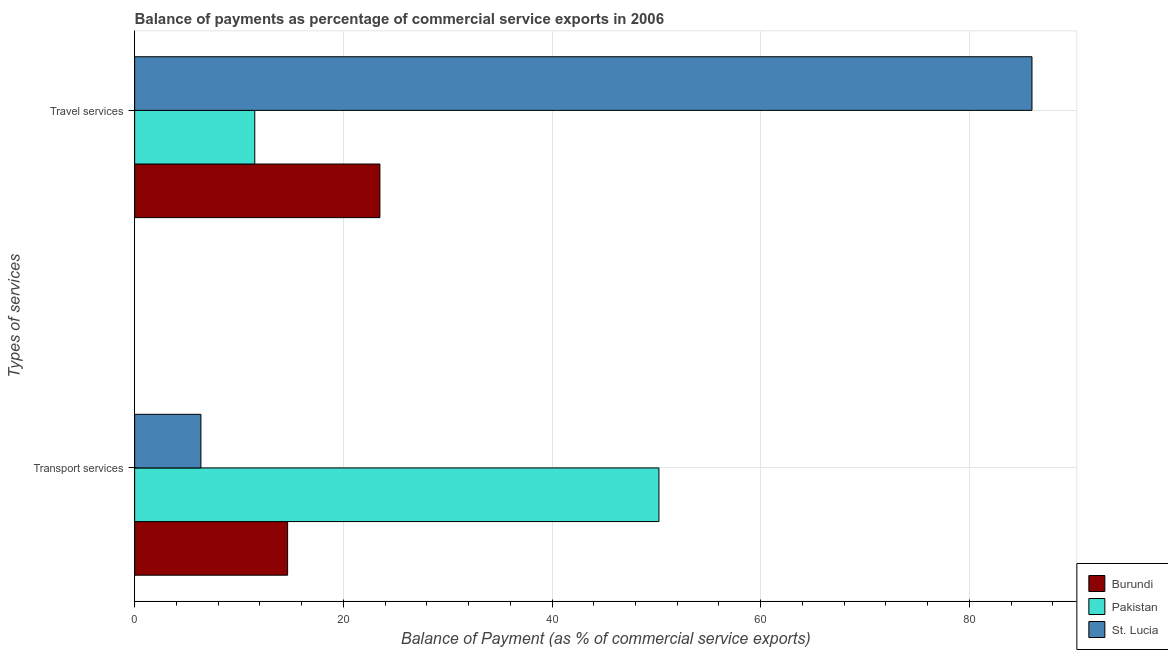
| Types of services | Burundi | Pakistan | St. Lucia |
 | --- | --- | --- | --- |
 | Transport services | 14.7 | 50.2 | 6.35 |
 | Travel services | 23.5 | 11.5 | 86 |